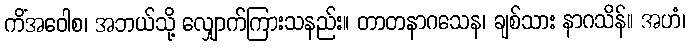
ကိံအဝေါစ၊ အဘယ်သို့ လျှောက်ကြားသနည်း။ တာတနာဂသေန၊ ချစ်သား နာဂသိန်။ အဟံ၊